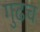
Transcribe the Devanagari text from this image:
गुढच